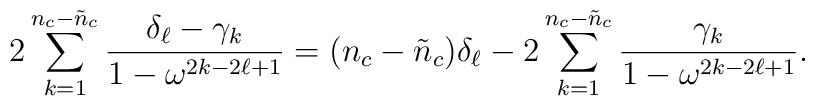
2 \sum_{k=1}^{n_{c}-\tilde{n}_{c}}                \frac{\delta_{\ell} - \gamma_{k}}{1 - \omega^{2k-2\ell+1}}        = (n_{c}-\tilde{n}_{c}) \delta_{\ell}                - 2 \sum_{k=1}^{n_{c}-\tilde{n}_{c}}                \frac{\gamma_{k}}{1 - \omega^{2k-2\ell+1}}.